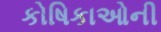
કોષિકાઓની